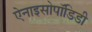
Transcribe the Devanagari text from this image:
ऐनाइसोपॉडिडी